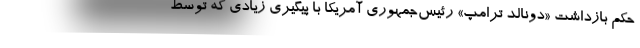
حکم بازداشت «دونالد ترامپ» رئیس‌جمهوری آمریکا با پیگیری زیادی که توسط